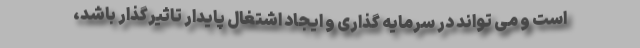
است و می تواند در سرمایه گذاری و ایجاد اشتغال پایدار تاثیرگذار باشد،